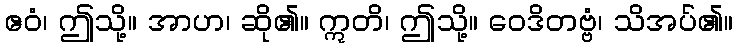
ဧဝံ၊ ဤသို့။ အာဟ၊ ဆို၏။ ဣတိ၊ ဤသို့။ ဝေဒိတဗ္ဗံ၊ သိအပ်၏။